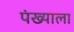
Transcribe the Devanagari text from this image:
पंख्याला